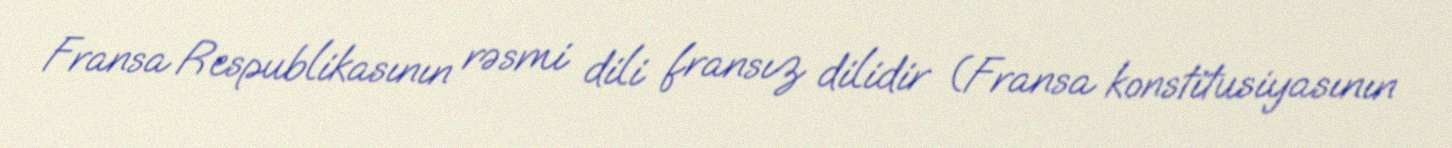
Fransa Respublikasının rəsmi dili fransız dilidir (Fransa konstitusiyasının